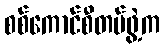
စစ်ကောင်စီတပ်ဖွဲ့က